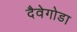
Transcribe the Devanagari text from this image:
दैवेगोडा